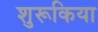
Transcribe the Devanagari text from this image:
शुरूकिया